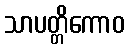
သာပတ္တိကောဝ